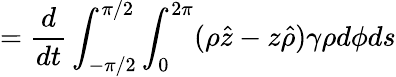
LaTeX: =\frac{d}{dt}\int_{-\pi/2}^{\pi/2}\int_{0}^{2\pi}(\rho\hat{z}-z\hat{\rho})\gamma\rho d\phi ds